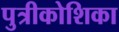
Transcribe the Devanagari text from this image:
पुत्रीकोशिका